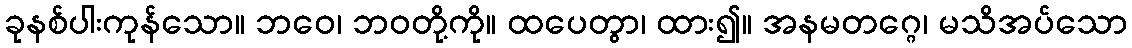
ခုနစ်ပါးကုန်သော။ ဘဝေ၊ ဘဝတို့ကို။ ထပေတွာ၊ ထား၍။ အနမတဂ္ဂေ၊ မသိအပ်သော